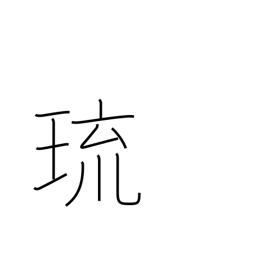
Meaning: gem